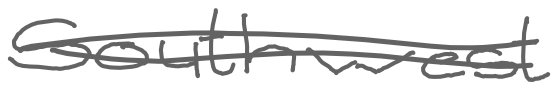
Text: southwest
Cross-out: double-line
Writing tool: digital_gray